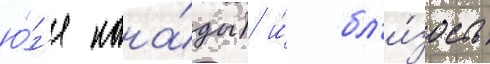
ю́г'е кана́ды) и́ бл'и́зость